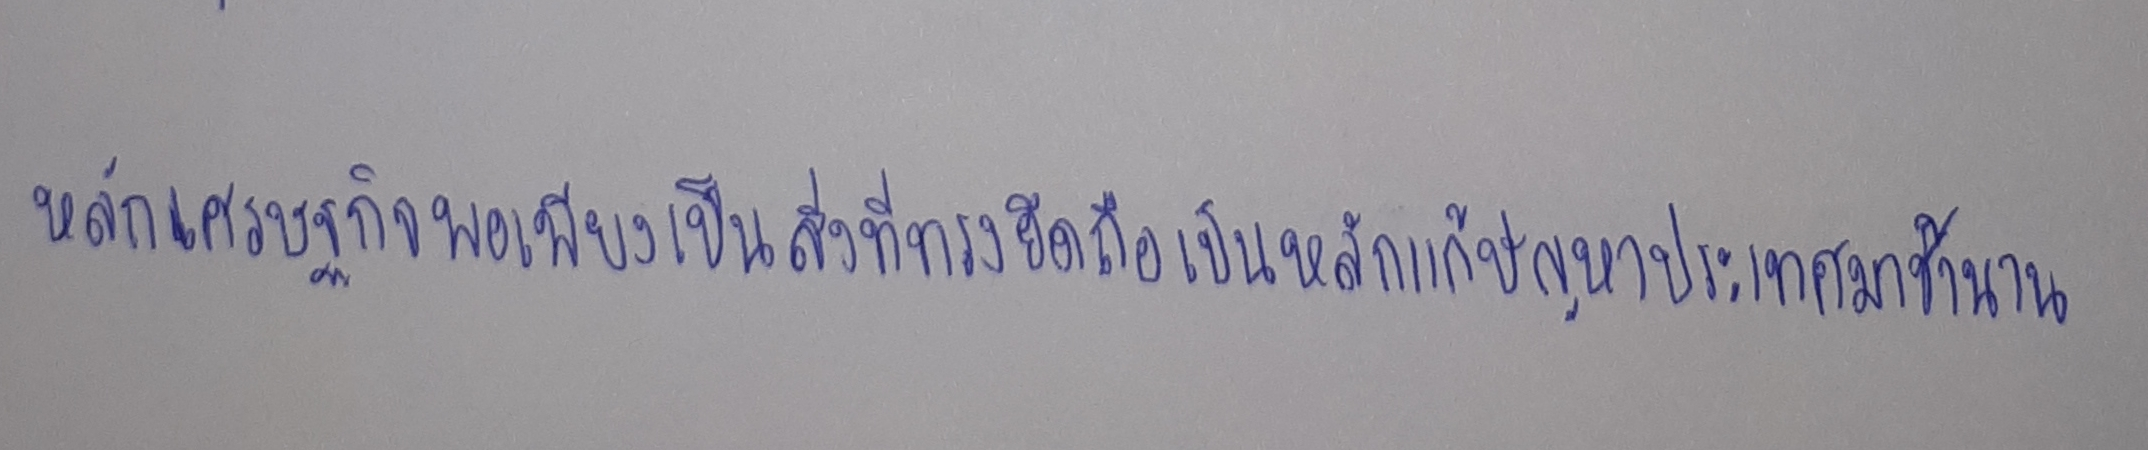
หลักเศรษฐกิจพอเพียงเป็นสิ่งที่ทรงยึดถือเป็นหลักแก้ปัญหาประเทศมาช้านาน